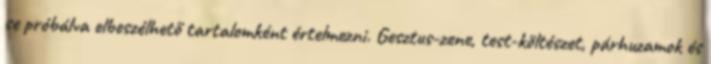
se próbálva elbeszélhető tartalomként értelmezni. Gesztus-zene, test-költészet, párhuzamok és